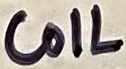
Text: COIL